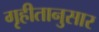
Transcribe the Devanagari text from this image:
गृहीतानुसार